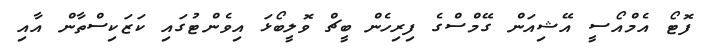
ފޮޓޯ އެމްއޯސީ އޭޝިއަން ގޭމްސްގެ ފިރިހެން ބީޗް ވޮލީބޯޅަ އިވެންޓުގައި ކަޒަކިސްތާން އާއި